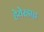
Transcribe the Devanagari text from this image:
हेयेरडाह्ल